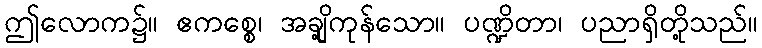
ဤလောက၌။ ဧကစ္စေ၊ အချို့ကုန်သော။ ပဏ္ဍိတာ၊ ပညာရှိတို့သည်။